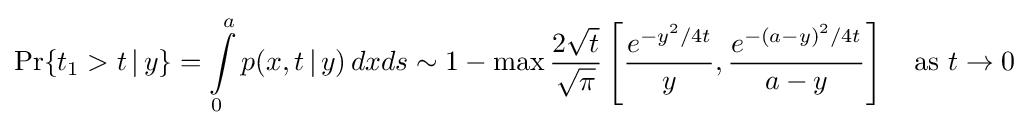
\Pr\{t_{1}>t\,|\,y\}=\int \limits \limits _{0}^{a}p(x,t\,|\,y)\,dxds\sim 1-\max {\frac {2{\sqrt {t}}}{\sqrt {\pi }}}\left[{\frac {e^{-y^{2}/4t}}{y}},{\frac {e^{-(a-y)^{2}/4t}}{a-y}}\right]\quad {\mbox{as}}\ t\to 0